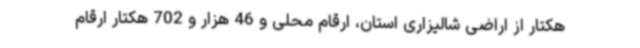
هکتار از اراضی شالیزاری استان، ارقام محلی و 46 هزار و 702 هکتار ارقام